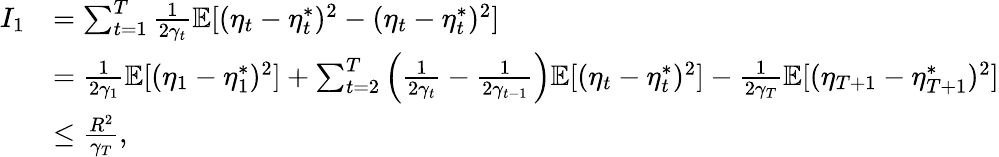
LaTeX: \begin{array}{rl}{I_{1}}&{=\sum_{t=1}^{T}\frac{1}{2\gamma_{t}}\mathbb{E}[(\eta_{t}-\eta_{t}^{*})^{2}-(\eta_{t}-\eta_{t}^{*})^{2}]}\\ &{=\frac{1}{2\gamma_{1}}\mathbb{E}[(\eta_{1}-\eta_{1}^{*})^{2}]+\sum_{t=2}^{T}\left(\frac{1}{2\gamma_{t}}-\frac{1}{2\gamma_{t-1}}\right)\mathbb{E}[(\eta_{t}-\eta_{t}^{*})^{2}]-\frac{1}{2\gamma_{T}}\mathbb{E}[(\eta_{T+1}-\eta_{T+1}^{*})^{2}]}\\ &{\leq\frac{R^{2}}{\gamma_{T}},}\end{array}